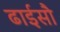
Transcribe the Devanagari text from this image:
ढाईसौ